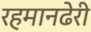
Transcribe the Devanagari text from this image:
रहमानढेरी